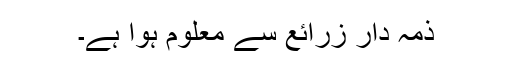
ذمہ دار زرائع سے معلوم ہوا ہے۔